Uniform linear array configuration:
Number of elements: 16
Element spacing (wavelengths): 0.75
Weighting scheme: cosine
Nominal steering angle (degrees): -60
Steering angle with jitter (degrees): -58.867
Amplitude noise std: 0.05
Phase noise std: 0.05

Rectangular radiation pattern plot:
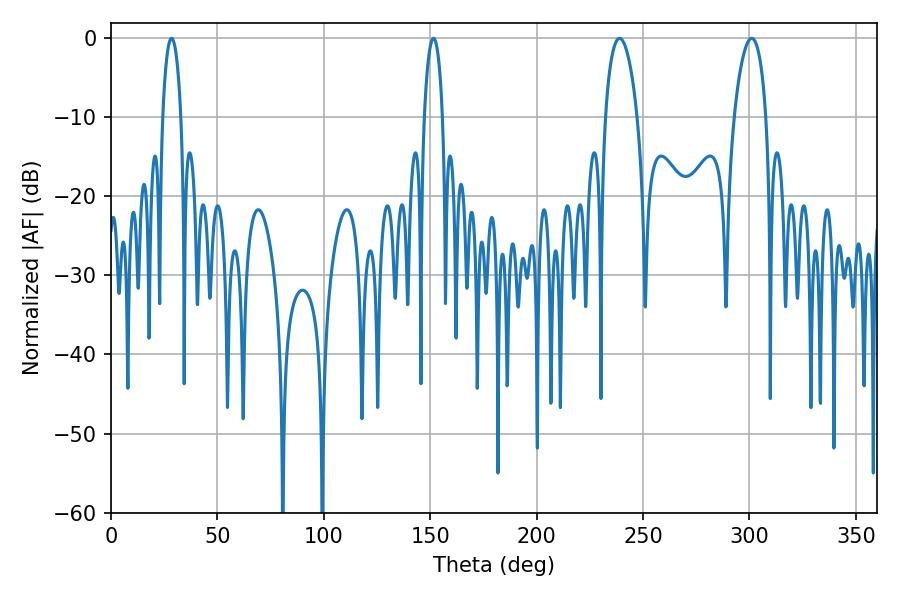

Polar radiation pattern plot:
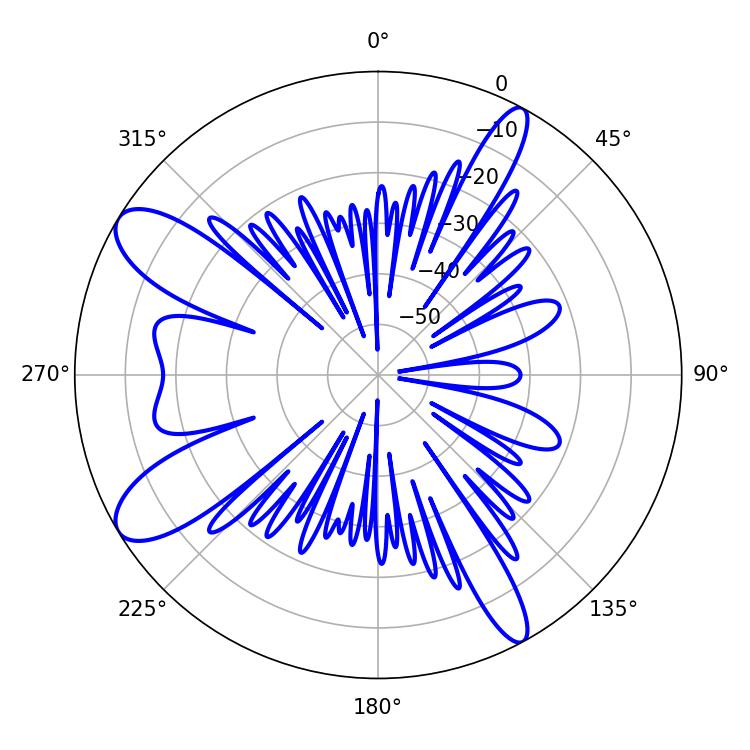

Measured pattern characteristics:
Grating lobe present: TRUE
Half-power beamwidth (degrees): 4.86
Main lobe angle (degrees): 28.44